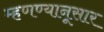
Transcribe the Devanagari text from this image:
म्हणण्यानूसार